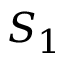
S _ { 1 }